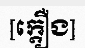
[ក្តឿង]